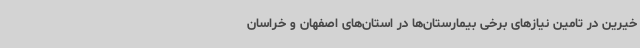
خیرین در تامین نیازهای برخی بیمارستان‌ها در استان‌های اصفهان و خراسان